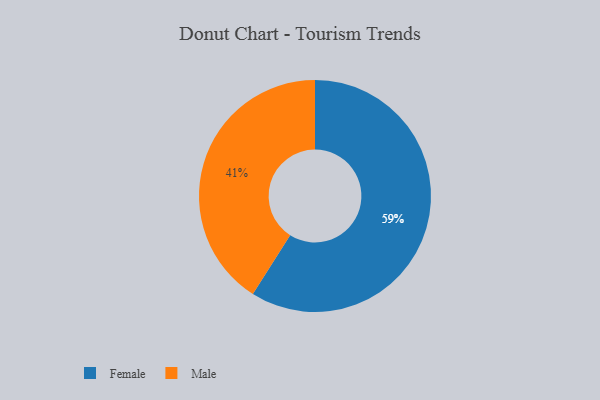
{"axis": {"x": "Category", "y": "Percentage"}, "legend": ["Female", "Male"], "data": [{"x": "Female", "y": 59, "type": "Female"}, {"x": "Male", "y": 41, "type": "Male"}]}